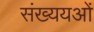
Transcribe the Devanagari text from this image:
संख्ययओं